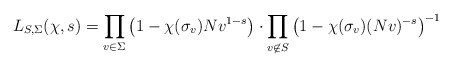
\begin{align*}L_{S, \Sigma}(\chi, s) = \prod_{v \in \Sigma}\left( 1 - \chi(\sigma_v)Nv^{1-s} \right) \cdot\prod_{v \not\in S}\left( 1 - \chi(\sigma_v) (Nv)^{-s} \right)^{-1} \end{align*}